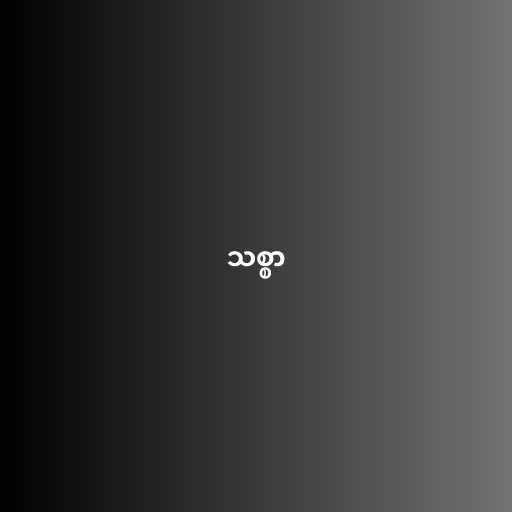
သစ္စာ